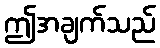
ဤအချက်သည်